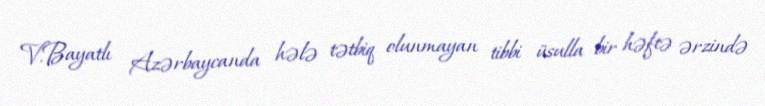
V.Bayatlı Azərbaycanda hələ tətbiq olunmayan tibbi üsulla bir həftə ərzində